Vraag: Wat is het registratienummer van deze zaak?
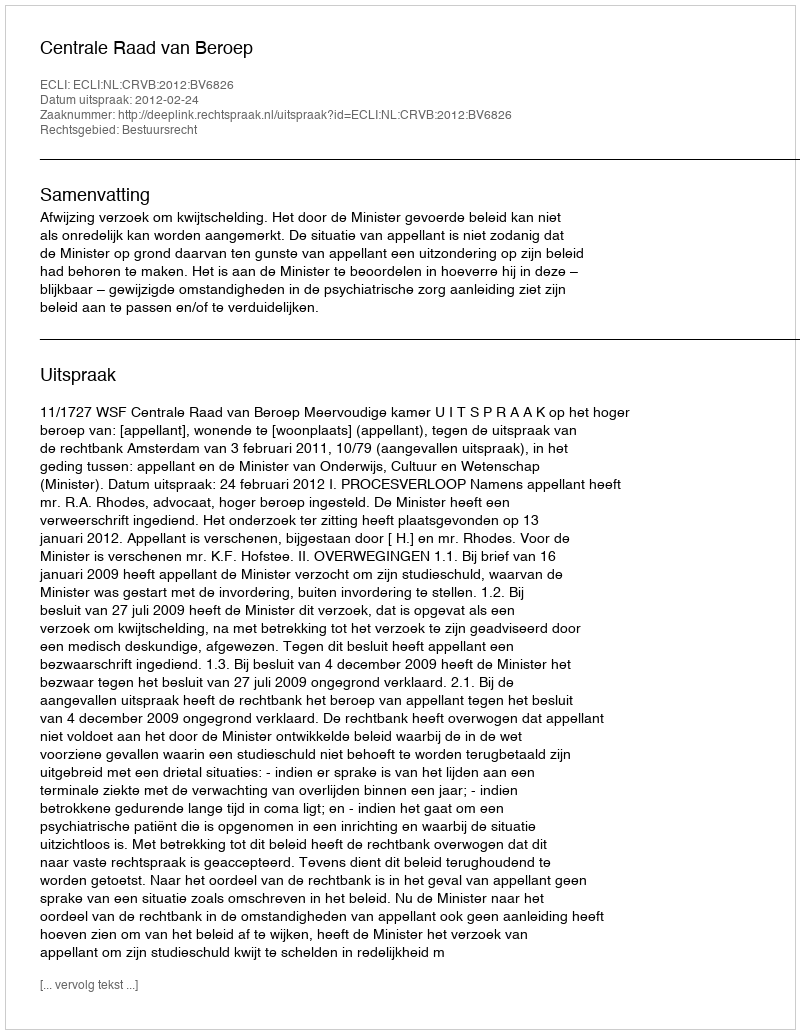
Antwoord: http://deeplink.rechtspraak.nl/uitspraak?id=ECLI:NL:CRVB:2012:BV6826